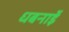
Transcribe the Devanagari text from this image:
धबनाईे